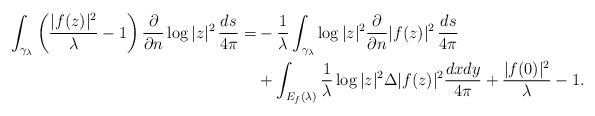
LaTeX: \begin{align*}\int_{\gamma_\lambda} \left(\frac{|f(z)|^2}{\lambda}-1\right) \frac{ \partial}{ \partial n} \log |z|^2\, \frac{ds}{4\pi}= & -\frac1{\lambda}\int_{\gamma_\lambda} \log |z|^2\frac{ \partial}{ \partial n}|f(z)|^2 \, \frac{ds}{4\pi} \\ & + \int_{E_f(\lambda)} \frac 1{\lambda}\log |z|^2\Delta |f(z)|^2\frac{dxdy}{4\pi} +\frac{|f(0)|^2}{\lambda} -1. \end{align*}